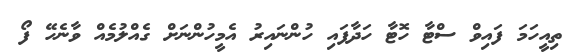
ތިއީހަމަ ފައިވް ސްޓާ ހޮޓާ ހަދާފައި ހުންނައިރު އެމީހުންނަށް ގެއްލުމެއް ވާނެހޭ ފޯ